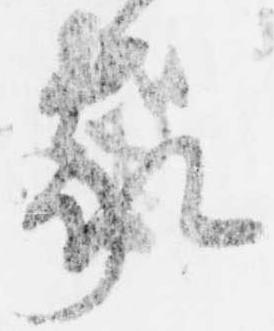
家